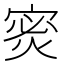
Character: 𫳡